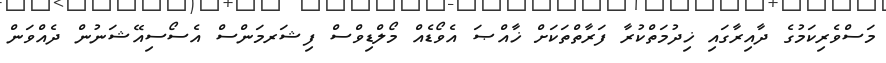
މަސްވެރިކަމުގެ ދާއިރާގައި ޚިދުމަތްކުރާ ފަރާތްތަކަށް ޚާއްޞަ އެވޯޑެއް މޯލްޑިވްސް ފިޝަރމަންސް އެސޯސިއޭޝަނުން ދެއްވަން